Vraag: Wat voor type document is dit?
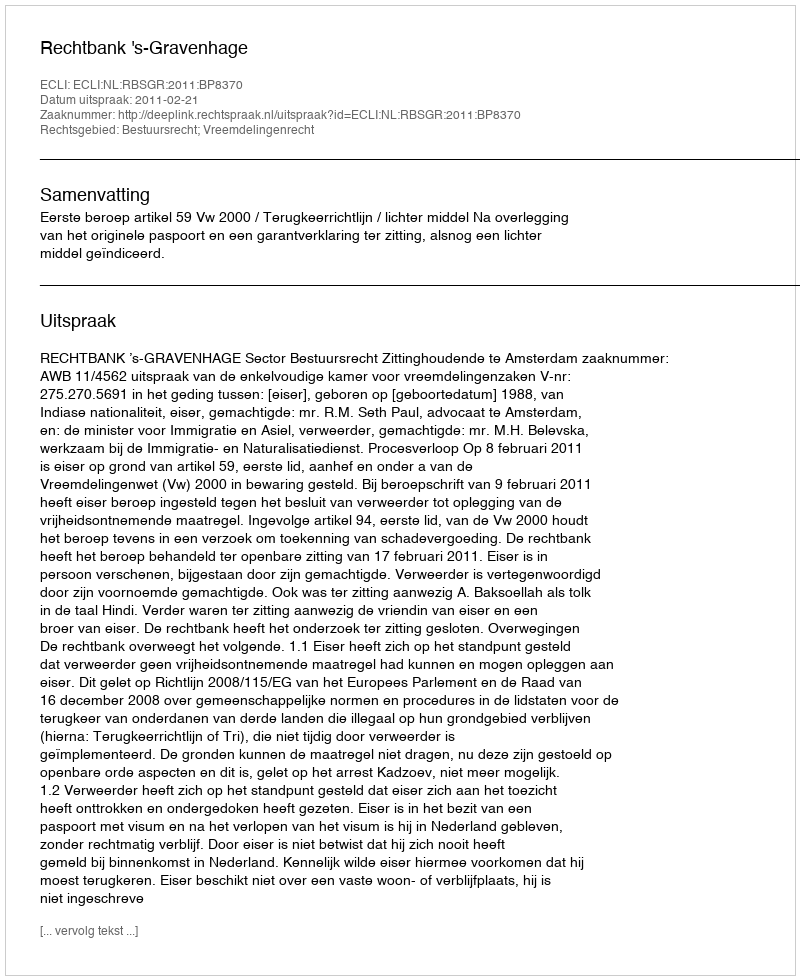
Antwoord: Uitspraak